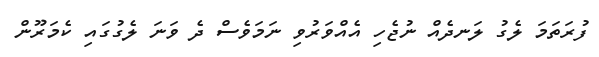
ފުރަތަމަ ލެގު ލަނދެއް ނުޖެހި އެއްވަރުވި ނަމަވެސް ދެ ވަނަ ލެގުގައި ކެމަރޫން